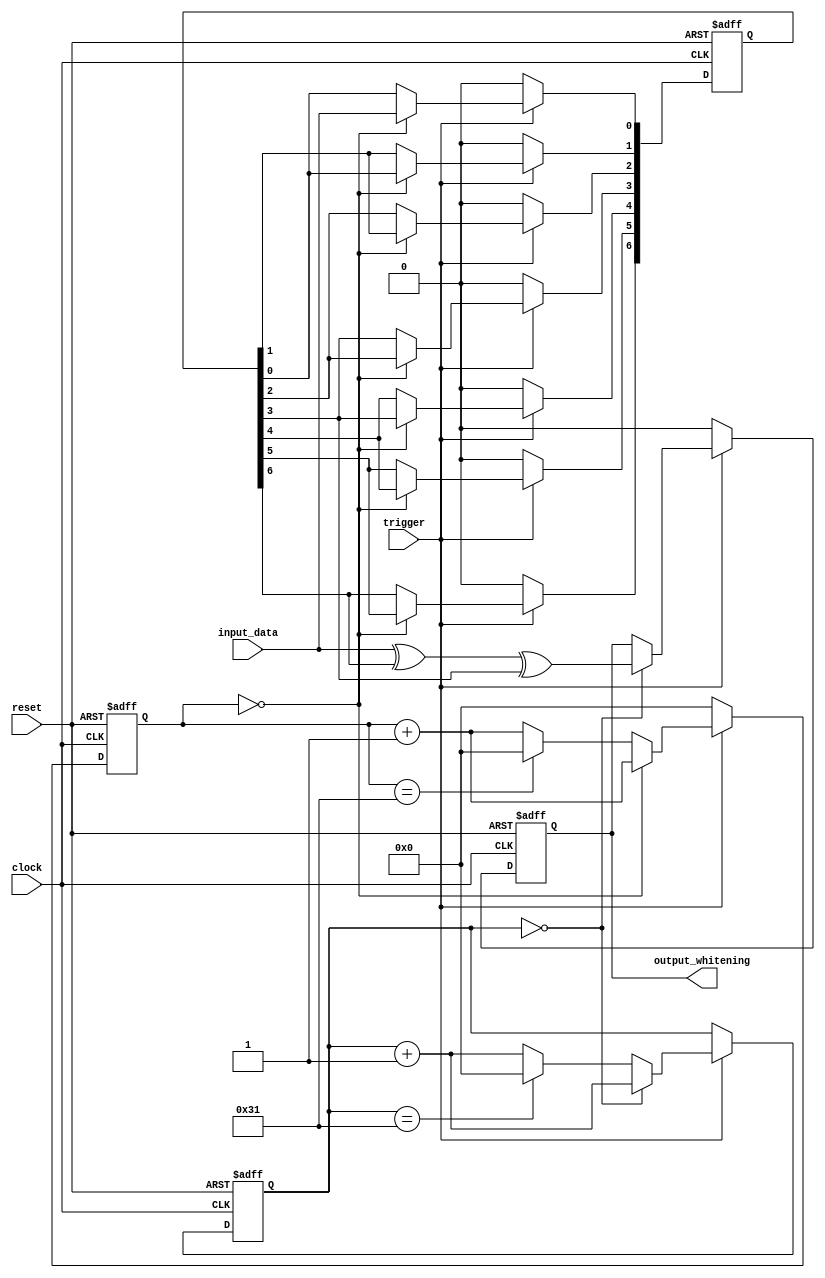
///////////////////////////////////////////////////////////////////////////////////////////////////
// Company: <Name>
//
// File history:
//      <Revision number>: <Date>: <Comments>
//      <Revision number>: <Date>: <Comments>
//      <Revision number>: <Date>: <Comments>
//
// Description: 
//
// <Description here>
//
// Targeted device: <Family::IGLOO> <Die::AGLN250V2> <Package::100 VQFP>
//
/////////////////////////////////////////////////////////////////////////////////////////////////// 

module whitening( clock, reset, input_data, trigger, output_whitening );
input clock, reset;
input trigger;
input input_data;
output reg output_whitening;

reg[15:0] counter;
reg[6:0] state;

always @(posedge clock or negedge reset)
begin
    if (!reset)
    begin
        counter <= 0;
        state[0] <= 0;
        state[1] <= 0;
        state[2] <= 0;
        state[3] <= 0;
        state[4] <= 0;
        state[5] <= 0;
        state[6] <= 0;
    end
    else if (trigger)
    begin
        if (counter==16'd0)
        begin
            counter <= counter+1;
            state[6] <= state[5];
            state[5] <= state[4];
            state[4] <= state[3];
            state[3] <= state[2];
            state[2] <= state[1];
            state[1] <= state[0];
            state[0] <= input_data;
        end
        else
        begin
            counter <= counter + 1;
            if (counter==16'd49)
                counter <= 0;
        end
    end
    else
    begin
        counter <= 0;
        state[0] <= 0;
        state[1] <= 0;
        state[2] <= 0;
        state[3] <= 0;
        state[4] <= 0;
        state[5] <= 0;
        state[6] <= 0;
    end
end

reg[15:0] output_counter;

always @(negedge clock or negedge reset)
begin
    if (!reset)
    begin
        output_whitening <= 0;
        output_counter <= 0;
    end
    else if (trigger)
    begin
        if (output_counter==16'd0)
        begin
            output_counter <= output_counter+1;
            output_whitening <= input_data ^ state[6] ^ state[3];
        end
        else
        begin
            output_counter <= output_counter + 1;
            if (output_counter==16'd49)
                output_counter <= 0;
        end
    end
    else
    begin
        output_whitening <= 0;
    end
end

endmodule